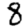
Digit: 8